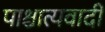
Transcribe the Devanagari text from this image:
पाश्चात्यवादी